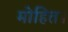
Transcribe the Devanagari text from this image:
मोहित।